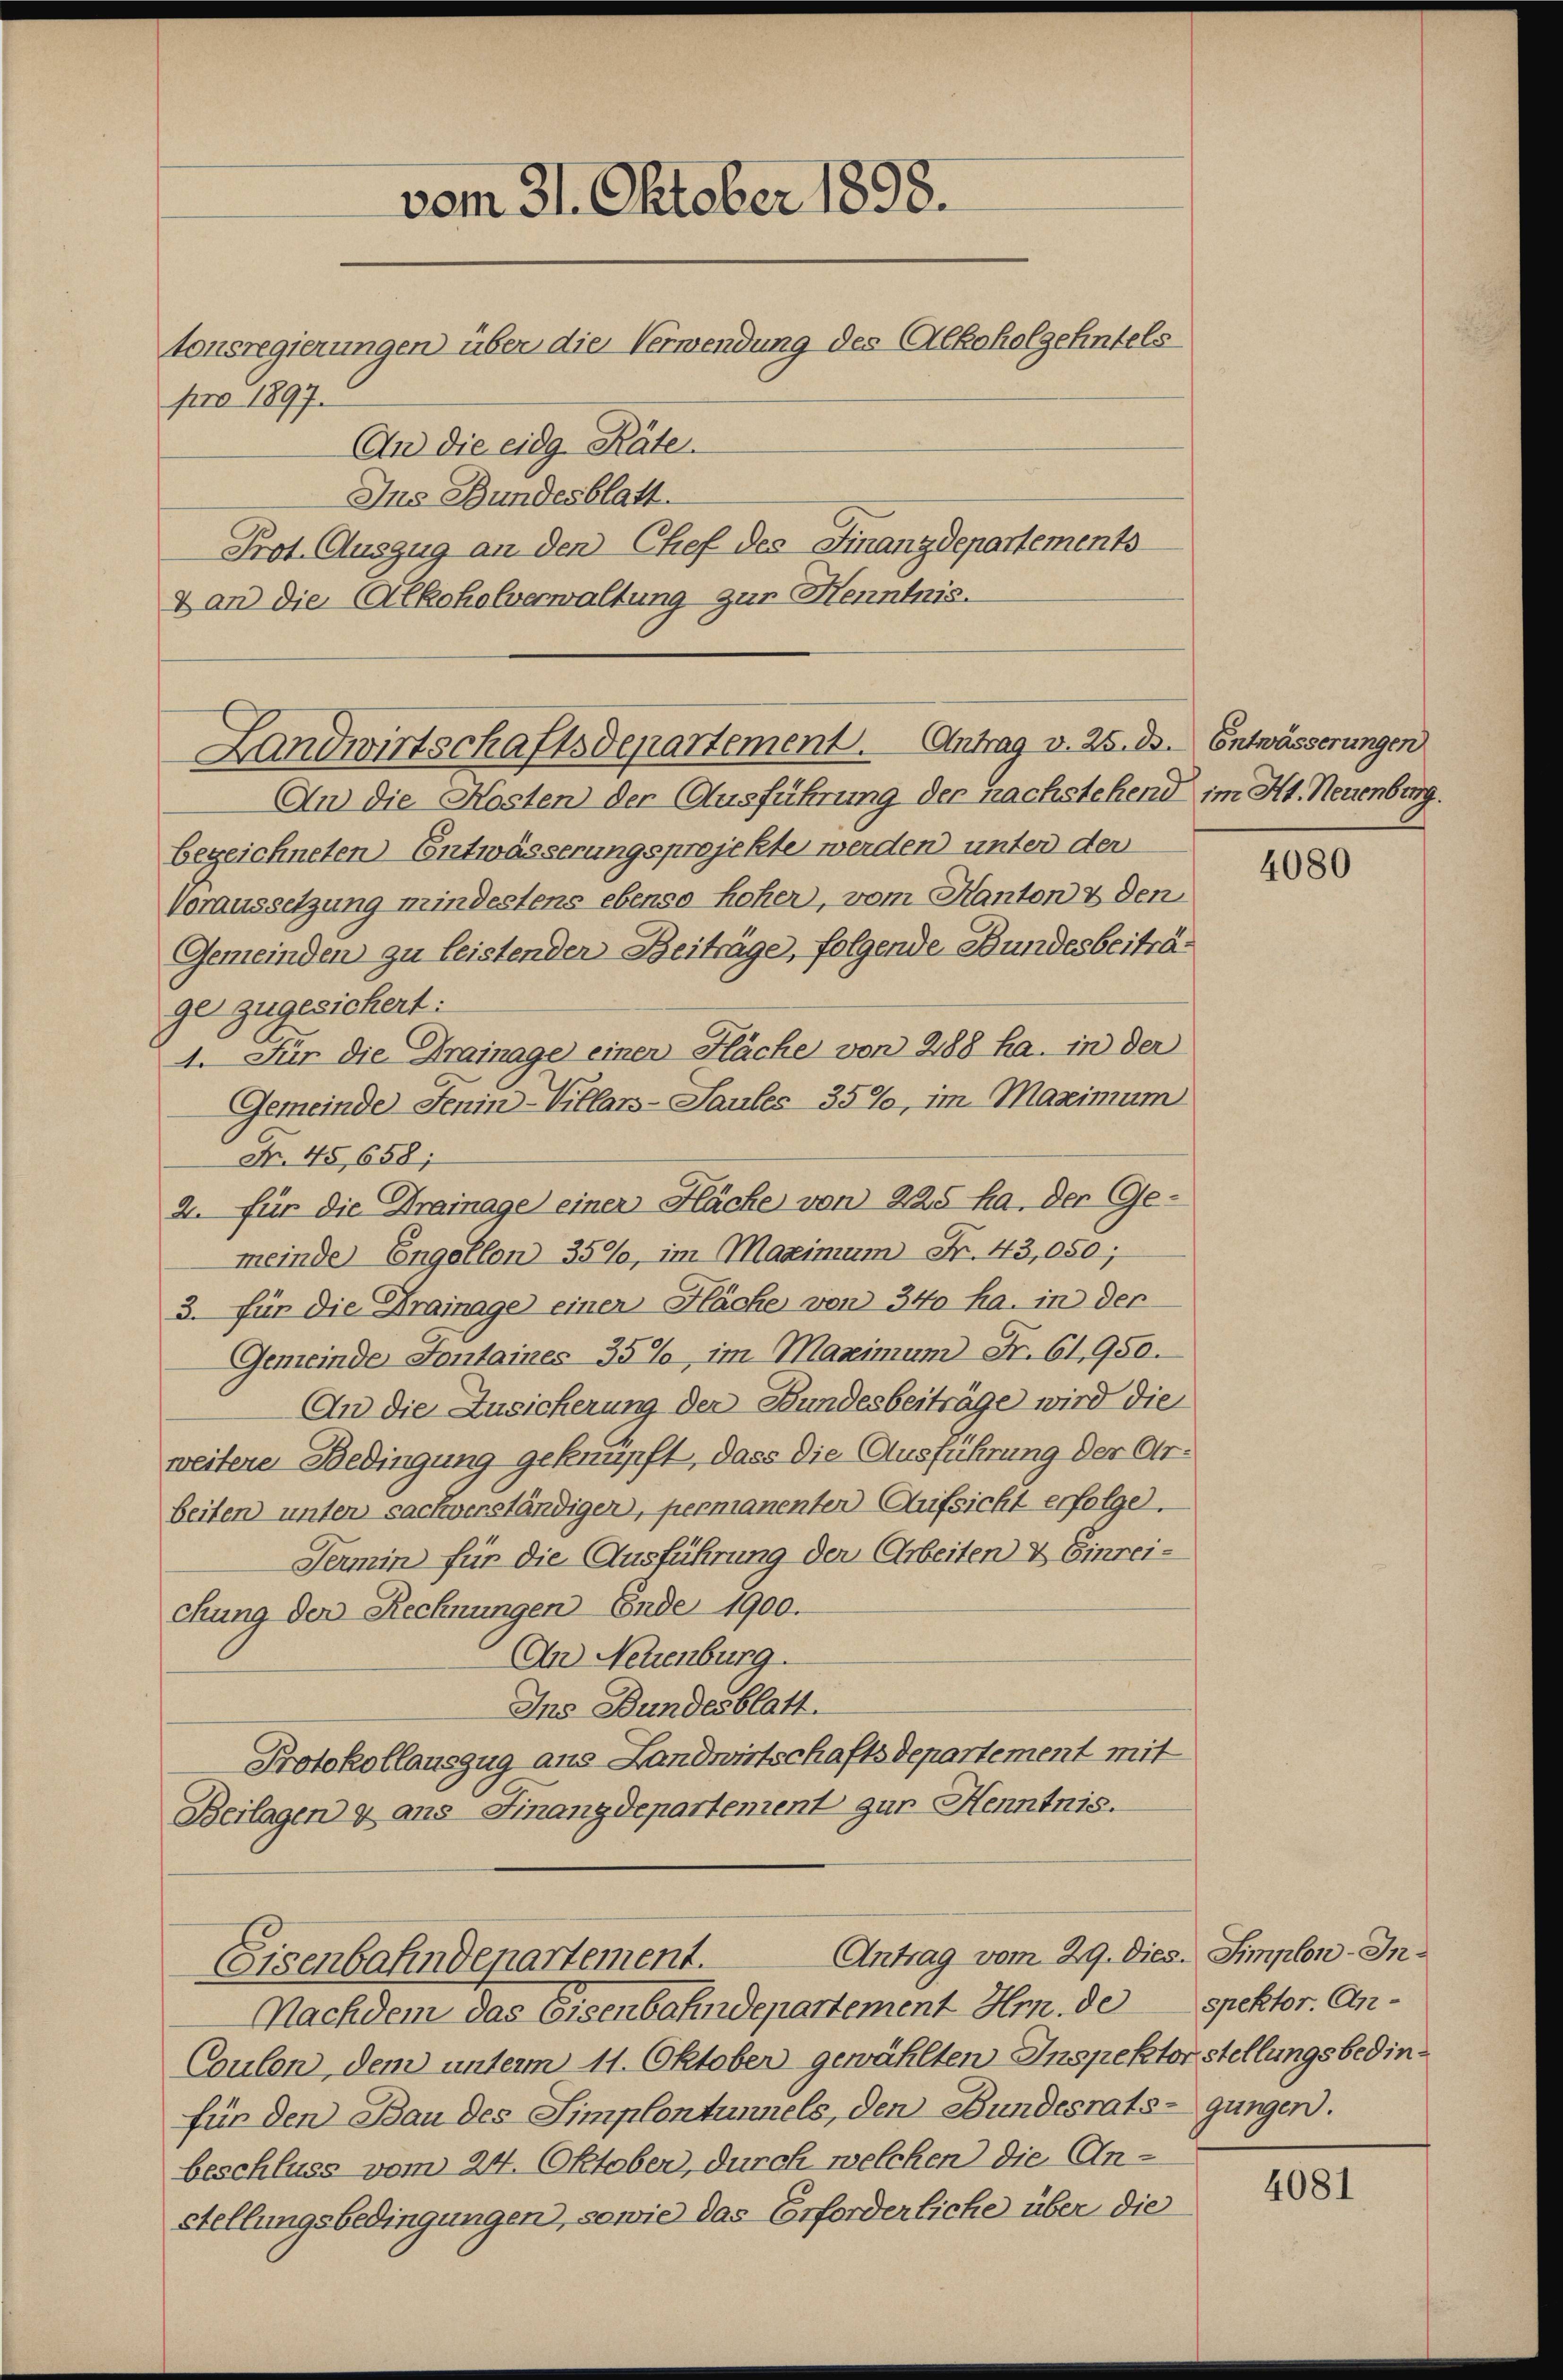
vom 31. Oktober 1898.
tonsregierungen über die Verwendung des Alkoholgehntels

pro 1897.
An die eidg. Räte.
Ins Bundesblatt.
Prot. Auszug an den Chef des Finanzdepartements
& an die Alkoholverwaltung zur Henntnis.
An die Kosten der Ausführung der nachstehend im Kt. Neuenburg.
bezeichneten Entwässerungsprojekte werden unter der
Voraussetzung mindestens ebenso hoher, vom Kanton & den
Gemeinden zu leistender Beiträge, folgende Bundesbeiträge zugesichert:
4. Für die Drainage einen Fläche von 288 ha. in der
Gemeinde Jenin-Villars-Saules 35%, im Maximum
Nr. 45,658;
2. für die Krainage einer Fläche von 225 ha, der Ge-
meinde) Engellon 359, im Maximum Fr. 43,050;
3. für die Krainage einer Fläche von 340 ha. in der
Gemeinde Fontaines 35%, im Maximum Fr. 61,950.
An die Zusicherung der Bundesbeiträge wird die
weitere Bedingung geknüpft, dass die Ausführung der Arbeiten unter sachverständigen, permanenten Aufsicht erfolge.
Termin für die Ausführung der Arbeiten & Einreichung der Rechnungen Ende 1900.
An Neuenburg.
Ins Bundesblatt.
Protokollauszug aus Landwirtschaftsdepartement mit
Beilagen & ans Finanzdepartement gar Henntnis.
Antrag vom 29. Dies. Simplon-In¬
Eisenbahndepartement.
Nachdem das Eisenbahndepartement Hrn. de spektor. An¬
Coulen, dem unterm 11. Oktober gewählten Inspektorstellungsbedinfür den Bau des Simplontunnels, den Bundesrats-gungen.
beschluss vom 24. Oktober, durch welchen die Anstellungsbedingungen, sowie das Erforderliche über die

Landwirtschaftsdepartement. Antrag v. 25. d. Entwässerungen

4080

4081